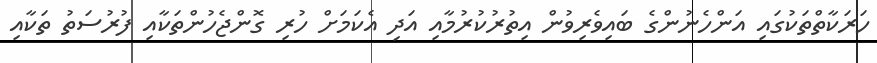
ހަރަކާތްތަކުގައި އަންހެނުންގެ ބައިވެރިވުން އިތުރުކުރުމާއި އަދި އެކަމަށް ހުރި ގޮންޖެހުންތަކާއި ފުރުސަތު ތަކާއި